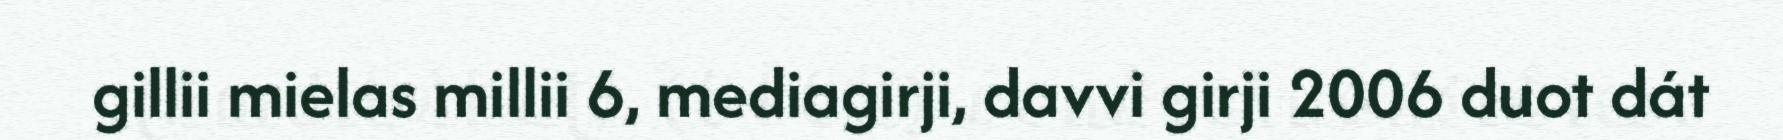
gillii mielas millii 6, mediagirji, davvi girji 2006 duot dát